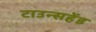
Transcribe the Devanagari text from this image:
टाउन्सहेंड